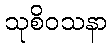
သုစိဝသနာ